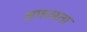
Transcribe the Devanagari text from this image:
अफलता